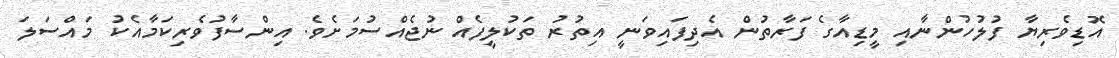
އޮޑިވެރިޔާ ފުލުހުންނާއި މީޑިއާގެ ފަރާތުން އެދިފައިވަނީ އިތުރު ތަކުލީފެއް ނުޖެއްސުމަށެވެ. އިންސާފުވެރިކަމާއެކު މައްސަލަ